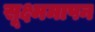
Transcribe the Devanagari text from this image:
सूक्ष्ममापन